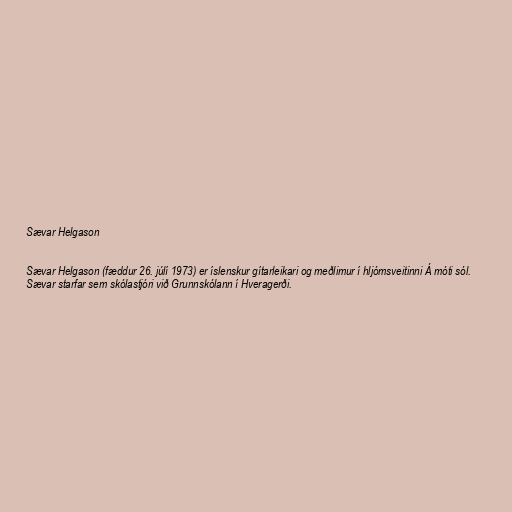
Sævar Helgason

Sævar Helgason (fæddur 26. júlí 1973) er íslenskur gítarleikari og meðlimur í hljómsveitinni Á móti sól.
Sævar starfar sem skólastjóri við Grunnskólann í Hveragerði.